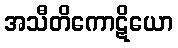
အသီတိကောဋိယော